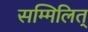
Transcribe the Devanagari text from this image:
सम्मिलित्